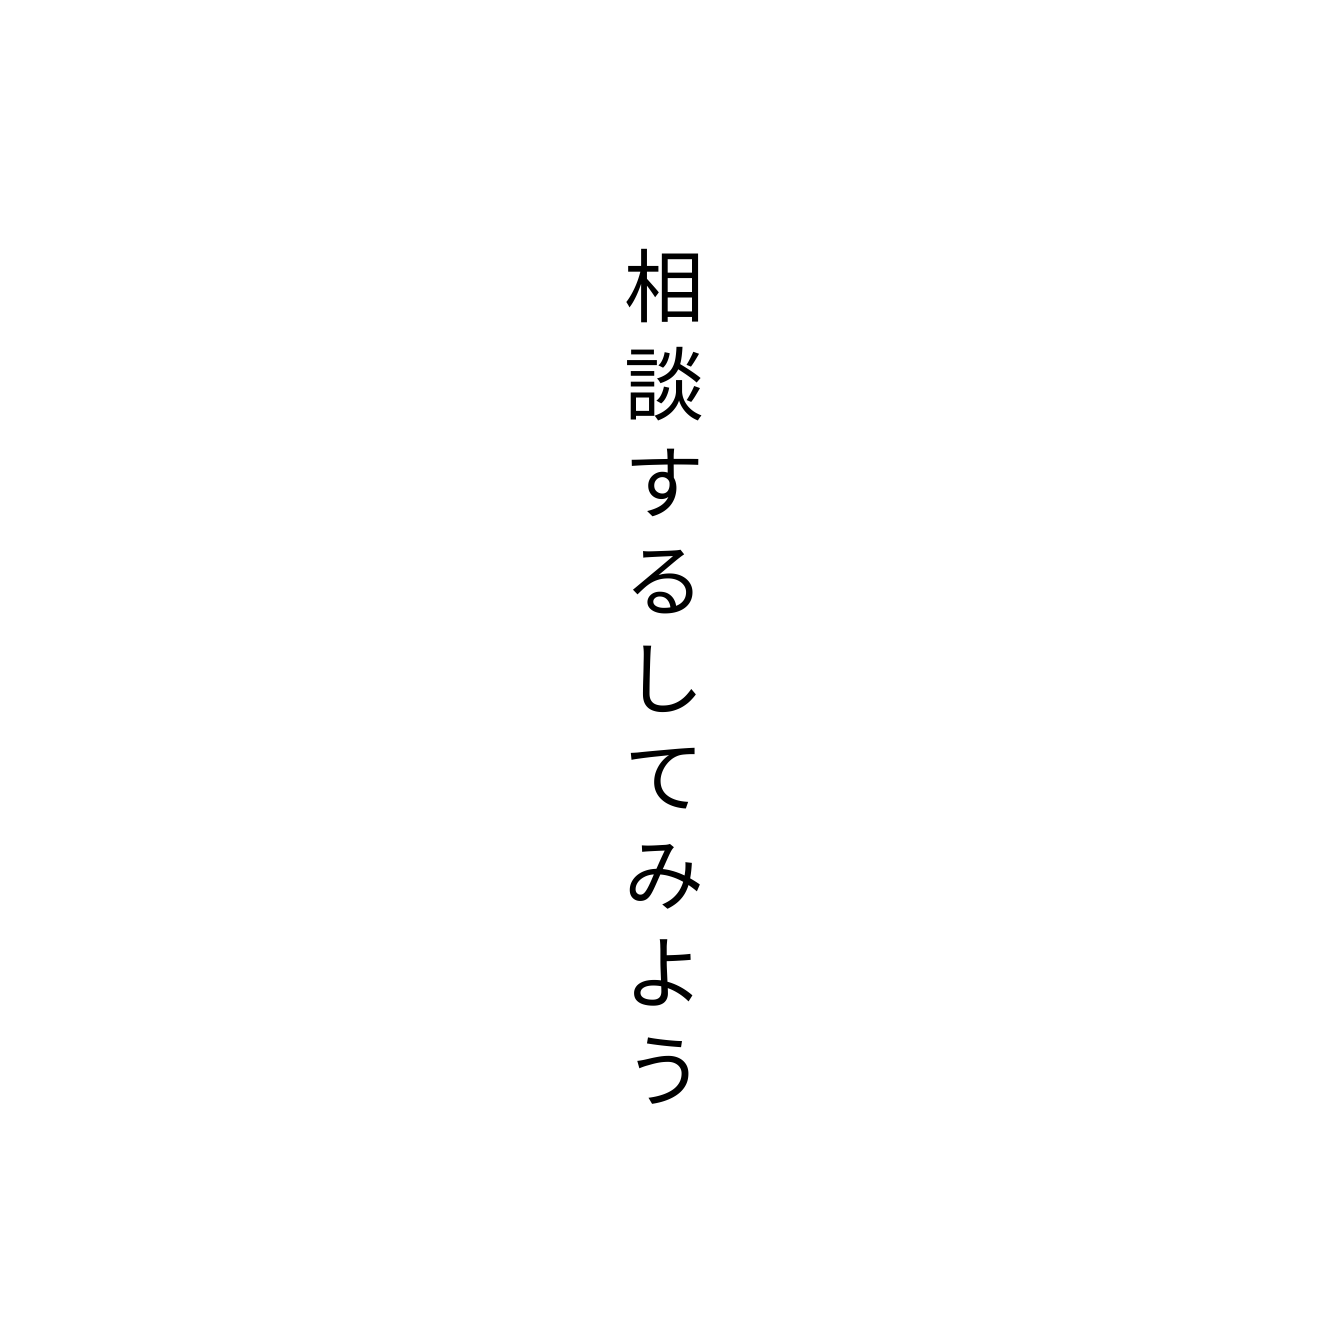
相談するしてみよう